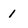
Character: 1